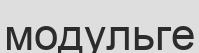
модульге